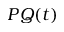
P Q ( t )